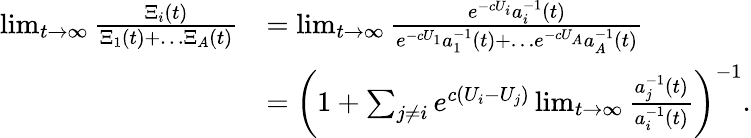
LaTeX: \begin{array}{rl}{\operatorname*{lim}_{t\to\infty}\frac{\Xi_{i}(t)}{\Xi_{1}(t)+\ldots\Xi_{A}(t)}}&{=\operatorname*{lim}_{t\to\infty}\frac{e^{-cU_{i}}a_{i}^{-1}(t)}{e^{-cU_{1}}a_{1}^{-1}(t)+\ldots e^{-cU_{A}}a_{A}^{-1}(t)}}\\ &{=\left(1+\sum_{j\ne i}e^{c(U_{i}-U_{j})}\operatorname*{lim}_{t\to\infty}\frac{a_{j}^{-1}(t)}{a_{i}^{-1}(t)}\right)^{-1}.}\end{array}